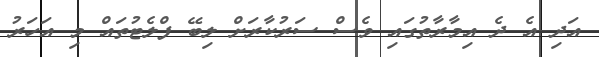
އަދި އެ ދެ އިމާރާތުގައި ވެސް ސަރުކާރަށް ލިބޭ ފްލެޓުތައް މި އަހަރު